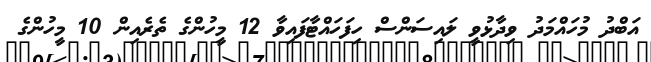
އަބްދު މުހައްމަދު ވިދާޅުވީ ލައިސަންސް ހިފަހައްޓާފައިވާ 12 މީހުންގެ ތެރެއިން 10 މީހުންގެ